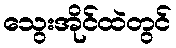
သွေးအိုင်ထဲတွင်